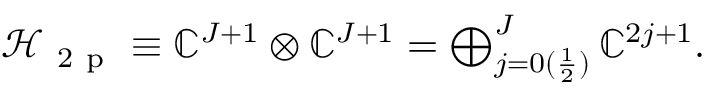
\begin{array} { r } { \mathcal { H } _ { \mathrm { ~ 2 ~ p ~ } } \equiv \mathbb { C } ^ { J + 1 } \otimes \mathbb { C } ^ { J + 1 } = \bigoplus _ { j = 0 ( \frac { 1 } { 2 } ) } ^ { J } \mathbb { C } ^ { 2 j + 1 } . } \end{array}